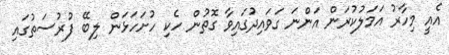
އެއީ މިހާރު އަމަލުކުރަން އަންނަ ގަވައިދުގައިވާ ގޮތުން ހެކި ހުށަހަޅަން ލިބޭ ފުރުސަތުގައި